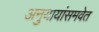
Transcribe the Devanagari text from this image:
अनुयायांसमवेत